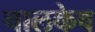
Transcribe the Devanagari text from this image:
चालकेव